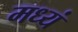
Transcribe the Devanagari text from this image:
मध्यं